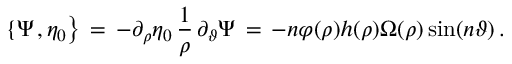
\{ \Psi \, , \eta _ { 0 } \bigr \} \, = \, - \partial _ { \rho } \eta _ { 0 } \, \frac { 1 } { \rho } \, \partial _ { \vartheta } \Psi \, = \, - n \varphi ( \rho ) h ( \rho ) \Omega ( \rho ) \sin ( n \vartheta ) \, .